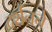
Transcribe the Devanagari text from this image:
दर्शनने